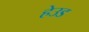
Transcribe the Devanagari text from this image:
हेउड